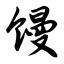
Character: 馒